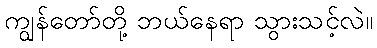
ကျွန်တော်တို့ ဘယ်နေရာ သွားသင့်လဲ။